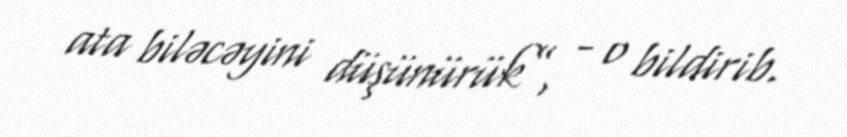
ata biləcəyini düşünürük”, - o bildirib.